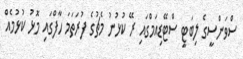
ސްވަންސީގެ ލިބަޓީ ސްޓޭޑިއަމްގައި ރޭ ކުޅުނު މެޗުގެ ފުރަތަމަ ހާފްގައި މޮޅު ކުޅުމެއް